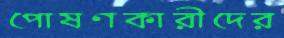
পোষণকারীদের